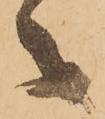
々